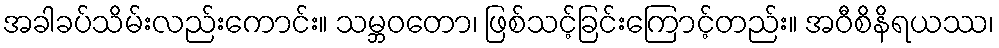
အခါခပ်သိမ်းလည်းကောင်း။ သမ္ဘဝတော၊ ဖြစ်သင့်ခြင်းကြောင့်တည်း။ အဝီစိနိရယဿ၊